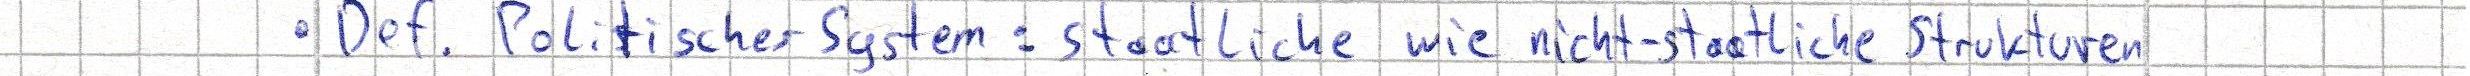
- Def. Politisches System: staatliche wie nicht-staatliche Strukturen